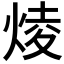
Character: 𤊥